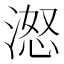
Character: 𪶨